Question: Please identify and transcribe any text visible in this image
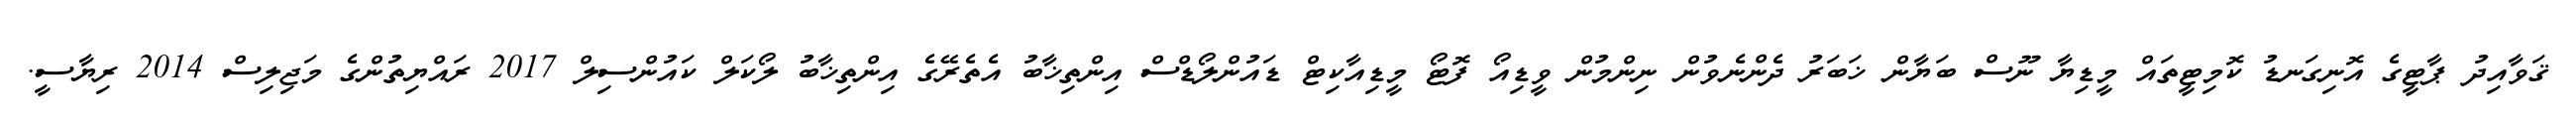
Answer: ޤަވާއިދު ޕާޓީގެ އޮނިގަނޑު ކޮމިޓީތައް މީޑިޔާ ނޫސް ބަޔާން ޚަބަރު ދެންނެވުން ނިންމުން ވީޑިއޯ ފޮޓޯ މީޑިއާކިޓް ޑައުންލޯޑްސް އިންތިޚާބު އެތެރޭގެ އިންތިޚާބު ލޯކަލް ކައުންސިލް 2017 ރައްޔިތުންގެ މަޖިލިސް 2014 ރިޔާސީ.